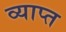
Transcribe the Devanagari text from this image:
व्याप्‍त